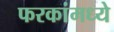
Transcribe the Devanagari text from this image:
फरकांमध्ये